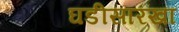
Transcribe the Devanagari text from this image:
घडीसारखा